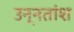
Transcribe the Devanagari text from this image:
उन्‍नतांश